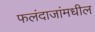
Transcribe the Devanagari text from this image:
फलंदाजांमधील